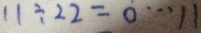
1 1 \div 2 2 = 0 \cdots 1 1